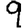
Digit: 9